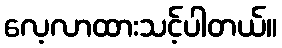
လေ့လာထားသင့်ပါတယ်။